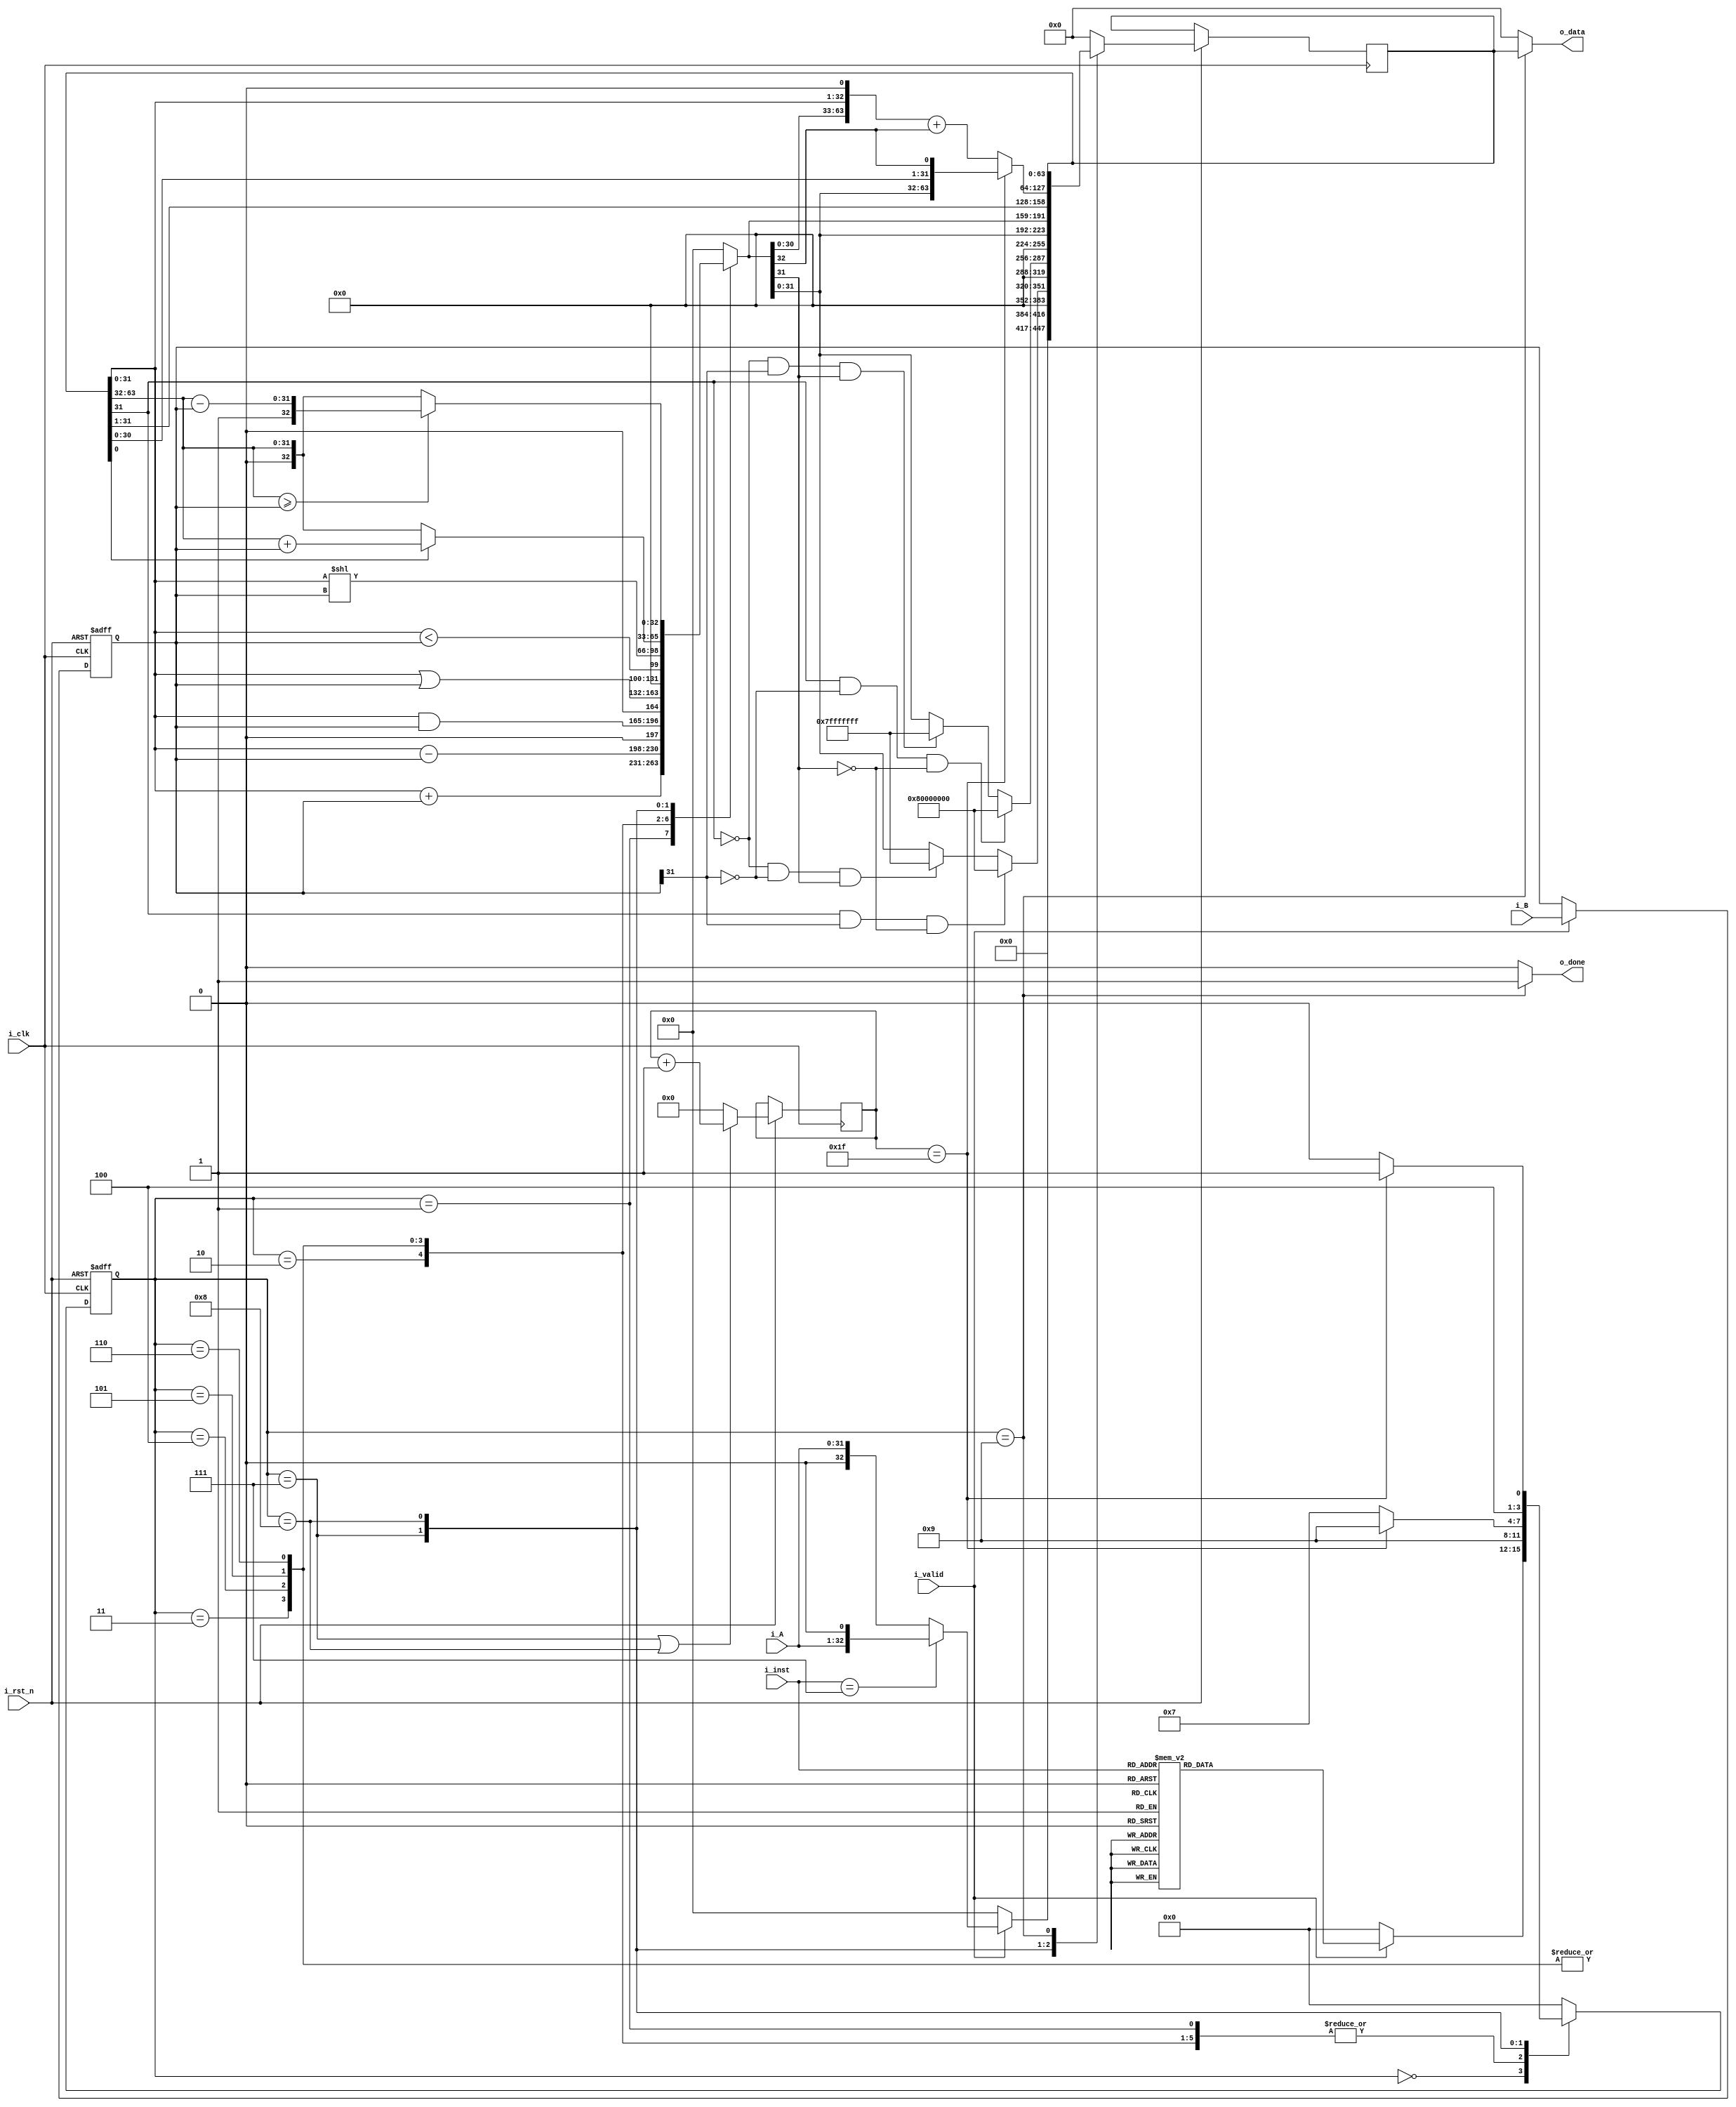
module ALU #(
    parameter DATA_W = 32
)
(
    input                       i_clk,   // clock
    input                       i_rst_n, // reset

    input                       i_valid, // input valid signal
    input [DATA_W - 1 : 0]      i_A,     // input operand A
    input [DATA_W - 1 : 0]      i_B,     // input operand B
    input [         2 : 0]      i_inst,  // instruction

    output [2*DATA_W - 1 : 0]   o_data,  // output value
    output                      o_done   // output valid signal
);
// Do not Modify the above part !!!

// Parameters
    // ======== choose your FSM style ==========
    // 1. FSM based on operation cycles
    // parameter S_IDLE           = 2'd0;
    // parameter S_ONE_CYCLE_OP   = 2'd1;
    // parameter S_MULTI_CYCLE_OP = 2'd2;
    // 2. FSM based on operation modes
    parameter S_IDLE = 4'd0;
    parameter S_ADD  = 4'd1;
    parameter S_SUB  = 4'd2;
    parameter S_AND  = 4'd3;
    parameter S_OR   = 4'd4;
    parameter S_SLT  = 4'd5;
    parameter S_SLL  = 4'd6;
    parameter S_MUL  = 4'd7;
    parameter S_DIV  = 4'd8;
    parameter S_OUT  = 4'd9;
    //
    parameter ADD       = 3'd0;
    parameter SUB       = 3'd1;
    parameter AND       = 3'd2;
    parameter OR        = 3'd3;
    parameter SLT       = 3'd4;
    parameter SLL       = 3'd5;
    parameter MUL       = 3'd6;
    parameter DIV       = 3'd7;

// Wires & Regs
    // Todo
    // state
    reg  [         3: 0] state, state_nxt; // remember to expand the bit width if you want to add more states!
    // load input
    reg  [  DATA_W-1: 0] operand_a, operand_a_nxt;
    reg  [  DATA_W-1: 0] operand_b, operand_b_nxt;
    reg  [         2: 0] inst, inst_nxt;
    reg  [         4: 0] cnt, cnt_nxt;
    reg  [2*DATA_W-1: 0] s_reg, s_reg_nxt;
    reg  [        32: 0] aluout; 
// Wire Assignments
    // Todo
    assign o_done = (state == S_OUT)? 1'b1 : 1'b0;
    assign o_data = (state == S_OUT)? s_reg[63:0] : 64'b0;
// Always Combination
    // load input
    always @(*) begin
        if (i_valid) begin
            operand_a_nxt = i_A;
            operand_b_nxt = i_B;
            inst_nxt      = i_inst;
        end
        else begin
            operand_a_nxt = operand_a;
            operand_b_nxt = operand_b;
            inst_nxt      = inst;
        end
    end
    // Todo: FSM , NL
    always @(*) begin
        case(state)
            S_IDLE: begin
                if (!i_valid) state_nxt = S_IDLE;
                else begin
                    case (i_inst)
                        ADD: state_nxt = S_ADD;
                        SUB: state_nxt = S_SUB;
                        AND: state_nxt = S_AND;
                        OR : state_nxt = S_OR;
                        SLT: state_nxt = S_SLT;
                        SLL: state_nxt = S_SLL;
                        MUL: state_nxt = S_MUL;
                        DIV: state_nxt = S_DIV;
                        default: state_nxt = S_IDLE;
                    endcase
                end
            end
            S_ADD : state_nxt = S_OUT;
            S_SUB : state_nxt = S_OUT;
            S_AND : state_nxt = S_OUT;
            S_OR  : state_nxt = S_OUT;
            S_SLT : state_nxt = S_OUT;
            S_SLL : state_nxt = S_OUT;
            S_MUL : state_nxt = (cnt == 5'd31)? S_OUT : S_MUL;
            S_DIV : state_nxt = (cnt == 5'd31)? S_OUT : S_DIV;
            S_OUT : state_nxt = S_IDLE;
            default: state_nxt = S_IDLE;
        endcase
    end

    // Todo: Counter
    always @(*) begin
        if ((state == S_MUL) || (state == S_DIV)) cnt_nxt = cnt + 5'd1;
        else cnt_nxt = 5'd0;
    end

    // Todo: ALU output
    always @(*) begin
        case(state)   
            S_ADD : aluout[32:0] = s_reg[31:0] + operand_b[31:0]; 
            S_SUB : aluout[32:0] = s_reg[31:0] - operand_b[31:0];
            S_AND : aluout[32:0] = s_reg[31:0] & operand_b[31:0];
            S_OR  : aluout[32:0] = s_reg[31:0] | operand_b[31:0];
            S_SLT : aluout[32:0] = {30'b0, $signed(s_reg[31:0]) < $signed(operand_b[31:0])};
            S_SLL : aluout[32:0] = s_reg[31:0] << operand_b;
            S_MUL : aluout[32:0] = (s_reg[0])? s_reg[63:32] + operand_b[31:0] : {1'b0, s_reg[63:32]};
            S_DIV : begin
                if (s_reg[63:32] >= operand_b) aluout[32:0] = {1'b1, s_reg[63:32] - operand_b};
                else aluout[32:0] = {1'b0, s_reg[63:32]};
            end
            default: aluout[32:0] = 33'b0;
        endcase
    end
    // Todo: output valid signal (OL)
    // shift register logic
    always @(*) begin
        case(state)
            S_IDLE: begin
                if (i_valid) begin
                    if (i_inst == DIV) s_reg_nxt = {31'b0, i_A, 1'b0}; // (i_A << 1)div shift left 1 bit
                    else s_reg_nxt = {32'b0, i_A};
                end
                else s_reg_nxt = 64'b0;
            end
            S_ADD : begin
                if ((s_reg[31] == 1'b1) && (operand_b[31] == 1'b1) && (aluout[31] == 1'b0)) begin //negative overflow
                    s_reg_nxt = {32'b0, 1'b1, 31'b0};
                end
                else if ((s_reg[31] == 1'b0) && (operand_b[31] == 1'b0) && (aluout[31] == 1'b1)) begin //positive overflow
                    s_reg_nxt = {33'b0, {31{1'b1}}};
                end
                else s_reg_nxt = {32'b0, aluout[31:0]};
            end
            S_SUB :begin
                if ((s_reg[31] == 1'b1) && (operand_b[31] == 1'b0) && (aluout[31] == 1'b0)) begin //negative overflow
                    s_reg_nxt = {32'b0, 1'b1, 31'b0};
                end
                else if ((s_reg[31] == 1'b0) && (operand_b[31] == 1'b1) && (aluout[31] == 1'b1)) begin //positive overflow
                    s_reg_nxt = {33'b0, {31{1'b1}}};
                end
                else s_reg_nxt = {32'b0, aluout[31:0]};
            end
            S_AND : s_reg_nxt = {32'b0, aluout[31:0]};
            S_OR  : s_reg_nxt = {32'b0, aluout[31:0]};
            S_SLT : s_reg_nxt = {32'b0, aluout[31:0]};
            S_SLL : s_reg_nxt = {32'b0, aluout[31:0]};
            S_MUL : s_reg_nxt = {aluout[32:0], s_reg[31:1]}; // >> 1
            S_DIV : begin
                if (cnt == 5'd31) s_reg_nxt = {aluout[31:0], s_reg[30:0],aluout[32]};
                else s_reg_nxt = ({aluout[31:0],s_reg[31:0]} << 1) + aluout[32];
            end
            S_OUT : s_reg_nxt = s_reg;
            default: s_reg_nxt = 64'b0;
        endcase
        
    end
    // Todo: Sequential always block CS(FSM)
    always @(posedge i_clk or negedge i_rst_n) begin
        if (!i_rst_n) begin
            state       <= S_IDLE;
            operand_a   <= 0;
            operand_b   <= 0;
            inst        <= 0;
        end
        else begin
            state       <= state_nxt;
            operand_a   <= operand_a_nxt;
            operand_b   <= operand_b_nxt;
            inst        <= inst_nxt;
            cnt         <= cnt_nxt;
            s_reg       <= s_reg_nxt;
        end
    end

endmodule